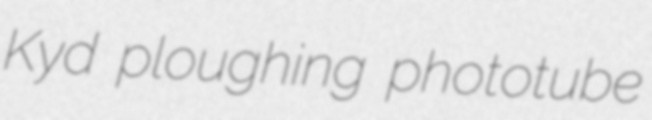
Kyd ploughing phototube